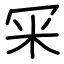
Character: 冞